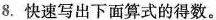
8.快速写出下面算式的得数。